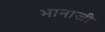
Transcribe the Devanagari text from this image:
भानाजी